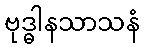
ဗုဒ္ဓါနသာသနံ